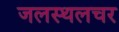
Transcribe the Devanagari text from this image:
जलस्थलचर